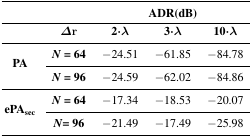
<table><thead><tr><td colspan="2"></td><td colspan="3"><b>ADR(dB)</b></td></tr><tr><td colspan="2"><b><i>Δ</i>r</b></td><td><b>2·λ</b></td><td><b>3·λ</b></td><td><b>10·λ</b></td></tr></thead><tbody><tr><td rowspan="2"><b>PA</b></td><td><b><i>N</i></b><b>= 64</b></td><td>−24.51</td><td>−61.85</td><td>−84.78</td></tr><tr><td><b><i>N</i></b><b>= 96</b></td><td>−24.59</td><td>−62.02</td><td>−84.86</td></tr><tr><td rowspan="2"><b>ePA<sub>sec</sub></b></td><td><b><i>N</i></b><b>= 64</b></td><td>−17.34</td><td>−18.53</td><td>−20.07</td></tr><tr><td><b><i>N</i></b><b>= 96</b></td><td>−21.49</td><td>−17.49</td><td>−25.98</td></tr></tbody></table>